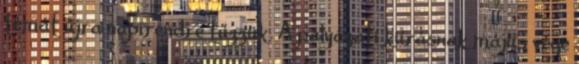
témát újra napirendre tűzzük. A pályázati kiírásnak május vége